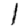
Digit: 1